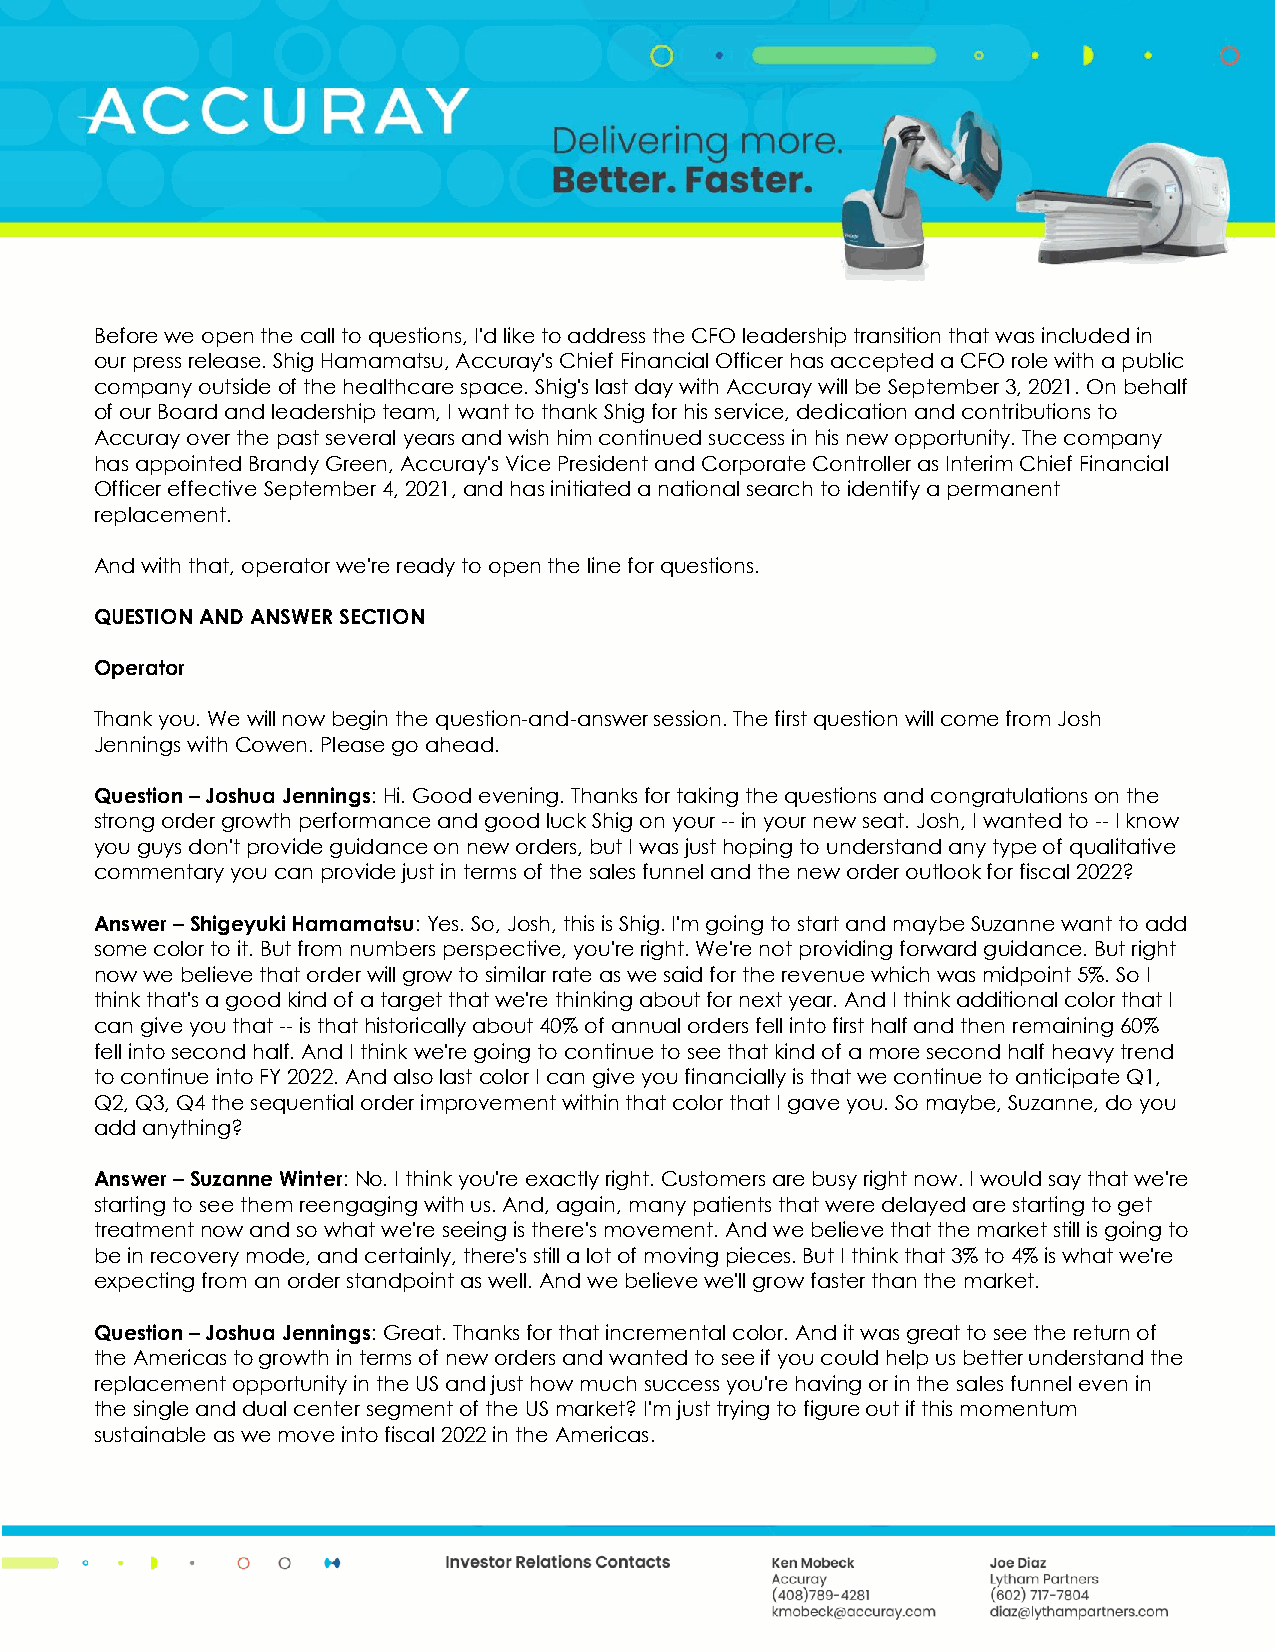
Before we open the call to questions, I'd like to address the CFO leadership transition that was included in
 our press release. Shig Hamamatsu, Accuray's Chief Financial Officer has accepted a CFO role with a public
 company outside of the healthcare space. Shig's last day with Accuray will be September 3, 2021. On behalf
 of our Board and leadership team, I want to thank Shig for his service, dedication and contributions to
 Accuray over the past several years and wish him continued success in his new opportunity. The company
 has appointed Brandy Green, Accuray's Vice President and Corporate Controller as Interim Chief Financial
 Officer effective September 4, 2021, and has initiated a national search to identify a permanent
 replacement.
 And with that, operator we're ready to open the line for questions.
 QUESTION AND ANSWER SECTION
 Operator
 Thank you. We will now begin the question-and-answer session. The first question will come from Josh
 Jennings with Cowen. Please go ahead.
 Question – Joshua Jennings: Hi. Good evening. Thanks for taking the questions and congratulations on the
 strong order growth performance and good luck Shig on your -- in your new seat. Josh, I wanted to -- I know
 you guys don't provide guidance on new orders, but I was just hoping to understand any type of qualitative
 commentary you can provide just in terms of the sales funnel and the new order outlook for fiscal 2022?
 Answer – Shigeyuki Hamamatsu: Yes. So, Josh, this is Shig. I'm going to start and maybe Suzanne want to add
 some color to it. But from numbers perspective, you're right. We're not providing forward guidance. But right
 now we believe that order will grow to similar rate as we said for the revenue which was midpoint 5%. So I
 think that's a good kind of a target that we're thinking about for next year. And I think additional color that I
 can give you that -- is that historically about 40% of annual orders fell into first half and then remaining 60%
 fell into second half. And I think we're going to continue to see that kind of a more second half heavy trend
 to continue into FY 2022. And also last color I can give you financially is that we continue to anticipate Q1,
 Q2, Q3, Q4 the sequential order improvement within that color that I gave you. So maybe, Suzanne, do you
 add anything?
 Answer – Suzanne Winter: No. I think you're exactly right. Customers are busy right now. I would say that we're
 starting to see them reengaging with us. And, again, many patients that were delayed are starting to get
 treatment now and so what we're seeing is there's movement. And we believe that the market still is going to
 be in recovery mode, and certainly, there's still a lot of moving pieces. But I think that 3% to 4% is what we're
 expecting from an order standpoint as well. And we believe we'll grow faster than the market.
 Question – Joshua Jennings: Great. Thanks for that incremental color. And it was great to see the return of
 the Americas to growth in terms of new orders and wanted to see if you could help us better understand the
 replacement opportunity in the US and just how much success you're having or in the sales funnel even in
 the single and dual center segment of the US market? I'm just trying to figure out if this momentum
 sustainable as we move into fiscal 2022 in the Americas.